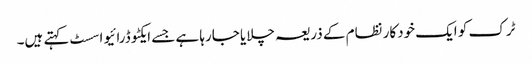
ٹرک کو ایک خودکار نظام کے ذریعہ چلایا جارہا ہے جسے ایکٹو ڈرائیو اسسٹ کہتے ہیں۔